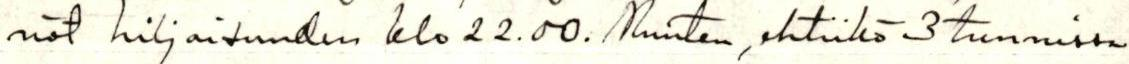
nöt hiljaisuuden klo 22.00. Muuten, ehtiikö 3 tunnissa